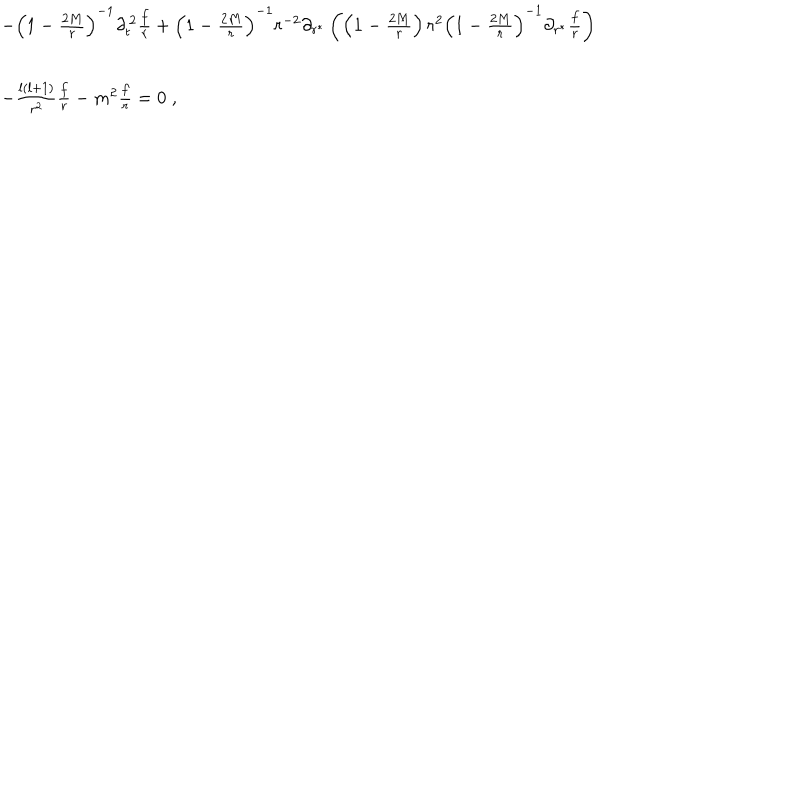
\begin{array} { l } { { - { \left( 1 - { \frac { 2 M } { r } } \right) } ^ { - 1 } \partial _ { t } ^ { \, 2 } { \frac { f } { r } } + { \left( 1 - { \frac { 2 M } { r } } \right) } ^ { - 1 } r ^ { - 2 } \partial _ { r ^ { * } } \left( \left( 1 - { \frac { 2 M } { r } } \right) r ^ { 2 } { \left( 1 - { \frac { 2 M } { r } } \right) } ^ { - 1 } \partial _ { r ^ { * } } { \frac { f } { r } } \right) } } \\ { { - \frac { l \left( l + 1 \right) } { r ^ { 2 } } { \frac { f } { r } } - m ^ { 2 } { \frac { f } { r } } = 0 \; , } } \\ \end{array}